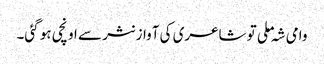
وامی شہ ملی تو شاعری کی آواز نثر سے اونچی ہو گئی۔